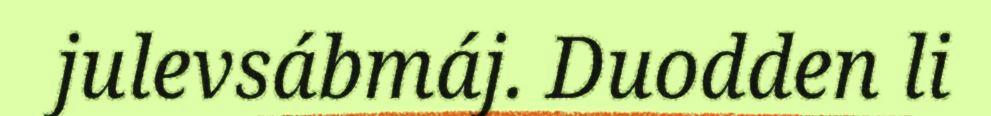
julevsábmáj. Duodden li